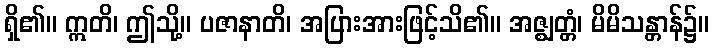
ရှိ၏။ ဣတိ၊ ဤသို့။ ပဇာနာတိ၊ အပြားအားဖြင့်သိ၏။ အဇ္ဈတ္တံ၊ မိမိသန္တာန်၌။